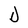
Character: D